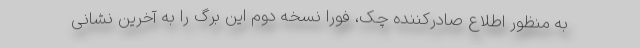
به منظور اطلاع صادرکننده چک، فوراً نسخه دوم این برگ را به آخرین نشانی